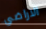
الاراضي